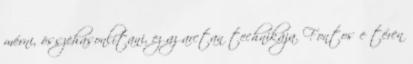
mérni, összehasonlítani, ez az arctan technikája. Fontos e téren